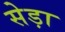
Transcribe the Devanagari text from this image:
सेड़ा